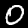
Digit: 0